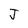
Character: J